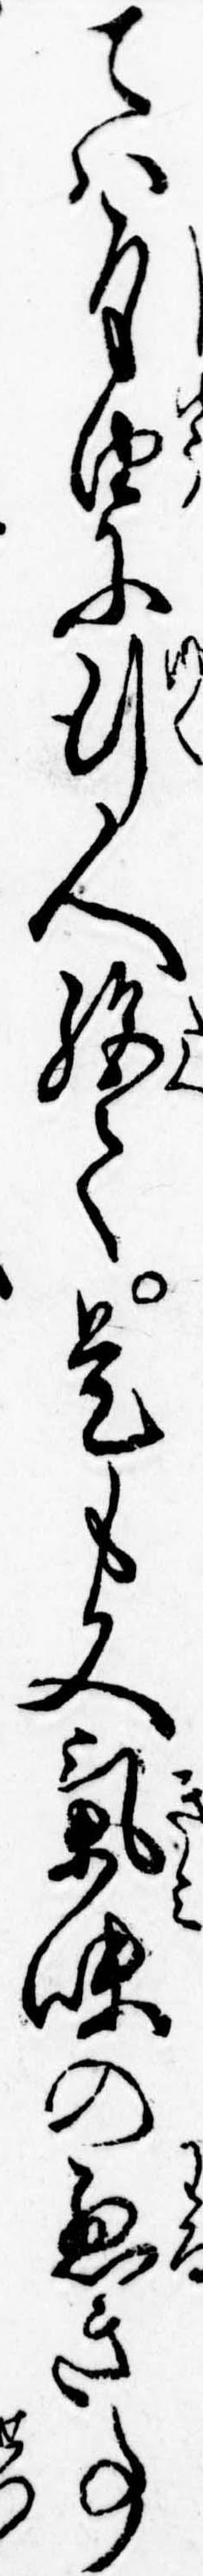
ては自由に行人絶て是も又気味の悪き事